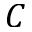
C